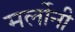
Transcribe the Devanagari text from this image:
मर्लोनी